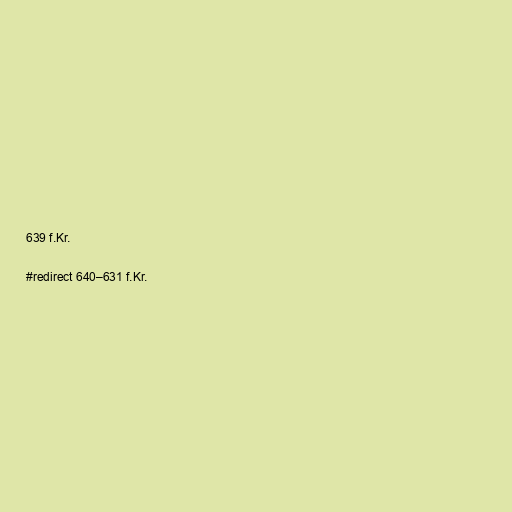
639 f.Kr.

#redirect 640–631 f.Kr.